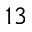
1 3